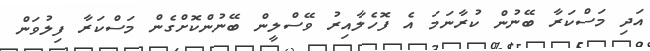
އަދި މަސްކަރާ ބޭނުން ކުރާނަމަ އެ ފޮހެލާއިރު ވޭސްލީން ބޭނުންކޮށްގެން މަސްކަރާ ފިލުވަން